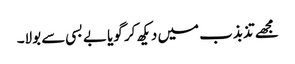
مجھے تذبذب میں دیکھ کر گویا بے بسی سے بولا۔